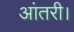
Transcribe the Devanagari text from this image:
आंतरी।